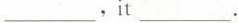
___.it ___.